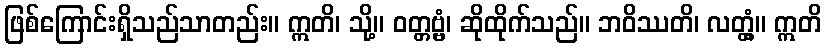
ဖြစ်ကြောင်းရှိသည်သာတည်း။ ဣတိ၊ သို့။ ဝတ္တဗ္ဗံ၊ ဆိုထိုက်သည်။ ဘဝိဿတိ၊ လတ္တံ့။ ဣတိ